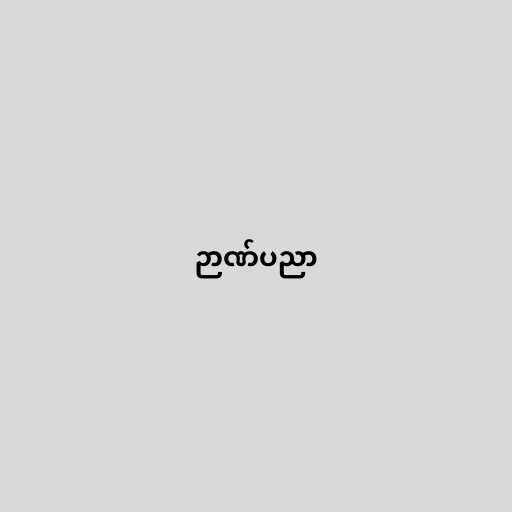
ဉာဏ်ပညာ